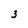
Character: 3